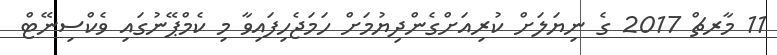
11 މާރޗް 2017 ގެ ނިޔަލަށް ކުރިއަށްގެންދިޔުމަށް ހަމަޖެހިފައިވާ މި ކެމްޕޭނުގައި ވެކްސިނޭޓް